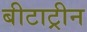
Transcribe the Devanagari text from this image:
बीटाट्रीन